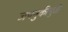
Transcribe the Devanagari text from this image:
जपनुकीमुळे